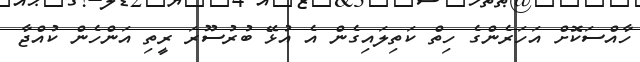
ހާއްސަކޮށް އަހަރެންގެ ހިތް ކަތިލައިގެން އެ އުޅޭ ބުރުސޫރަ ރީތި އަންހެން ކުއްޖާ